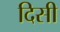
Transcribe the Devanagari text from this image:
दिसी